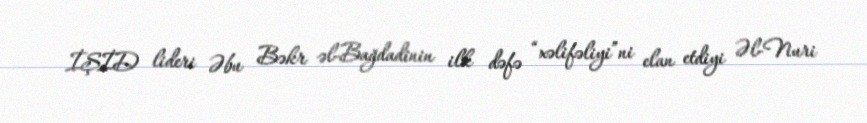
İŞİD lideri Əbu Bəkr əl-Bağdadinin ilk dəfə “xəlifəliyi”ni elan etdiyi Əl-Nuri